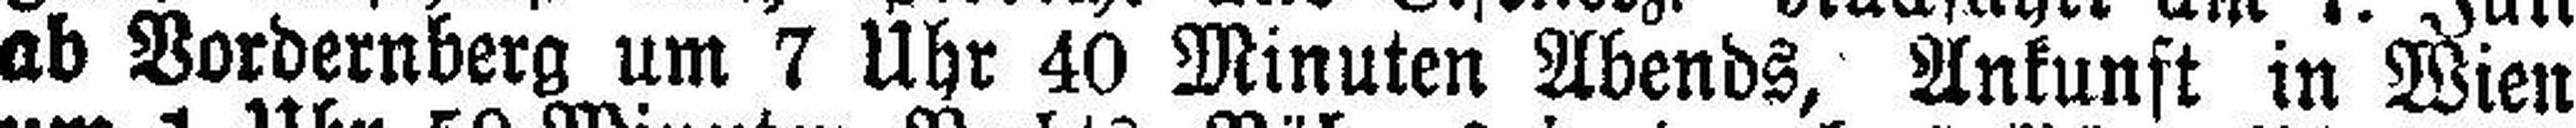
ab Vordernberg um 7 Uhr 40 Minuten Abends, Ankunft in Wien